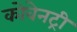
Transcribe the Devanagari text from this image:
कोवेनट्री